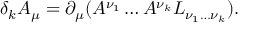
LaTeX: \delta _ { k } A _ { \mu } = \partial _ { \mu } ( A ^ { \nu _ { 1 } } \ldots A ^ { \nu _ { k } } L _ { \nu _ { 1 } \ldots \nu _ { k } } ) .